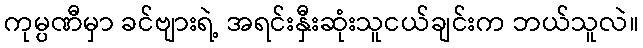
ကုမ္ပဏီမှာ ခင်ဗျားရဲ့ အရင်းနှီးဆုံးသူငယ်ချင်းက ဘယ်သူလဲ။